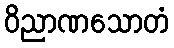
ဝိညာဏသောတံ